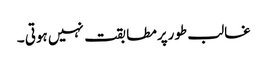
غالب طورپرمطابقت نہیں ہوتی ۔